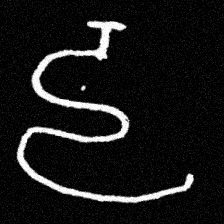
Pyu character \u2014 Myanmar letter: ဠ (romanized: lla)